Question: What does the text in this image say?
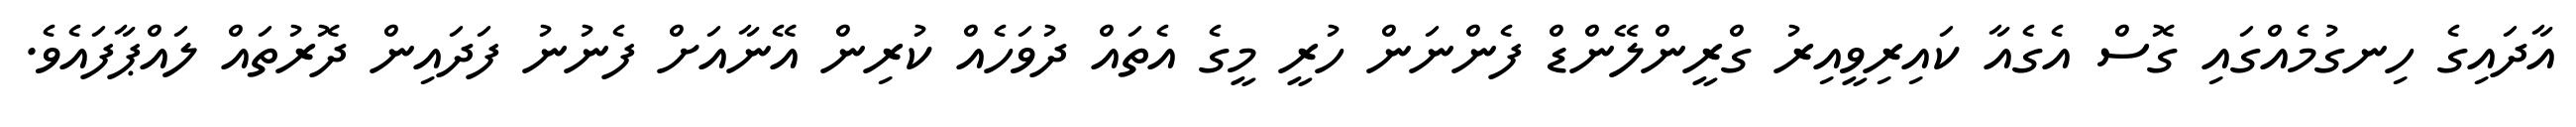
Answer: އާދައިގެ ހިނގުމެއްގައި ގޮސް އެގެއާ ކައިރިވީއިރު ގްރީންލޭންޑް ފެންނަން ހުރީ މީގެ އެތައް ދުވަހެއް ކުރިން އޭނާއަށް ފެނުނު ފަދައިން ދޮރުތައް ލައްޕާފައެވެ.